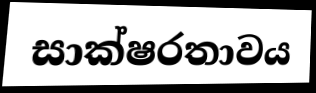
සාක්ෂරතාවය